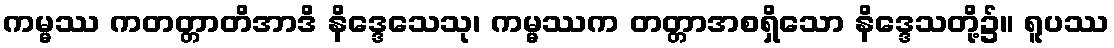
ကမ္မဿ ကတတ္တာတိအာဒိ နိဒ္ဒေသေသု၊ ကမ္မဿက တတ္တာအစရှိသော နိဒ္ဒေသတို့၌။ ရူပဿ